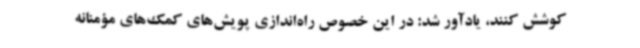
کوشش کنند، یادآور شد: در این خصوص راه‌اندازی پویش‌های کمک‌های مؤمنانه